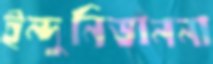
ইন্দুনিভাননা